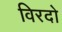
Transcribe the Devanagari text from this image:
विरदो